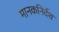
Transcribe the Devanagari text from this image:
मानकनिर्देश